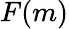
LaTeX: F(m)